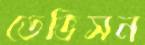
ডেভিসন